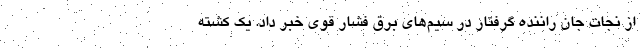
از نجات جان راننده گرفتار در سیم‌های برق فشار قوی خبر داد. یک کشته